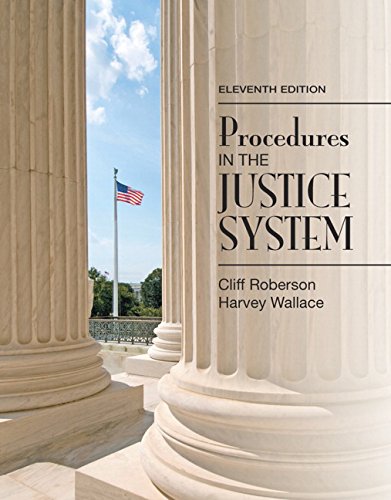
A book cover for Procedures in the Justice System (11th Edition); Cliff Roberson; Law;